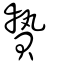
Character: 贄